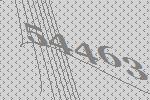
54463